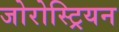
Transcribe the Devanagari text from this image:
जोरोस्ट्रियन